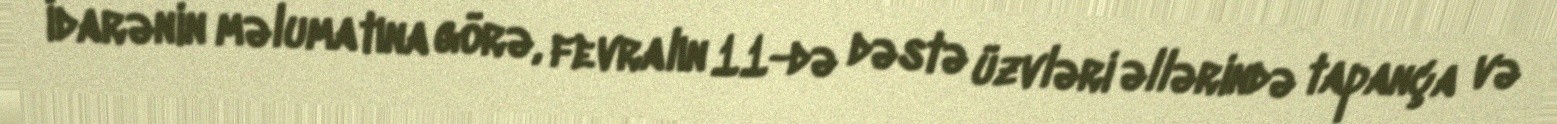
İdarənin məlumatına görə, fevralın 11-də dəstə üzvləri əllərində tapança və